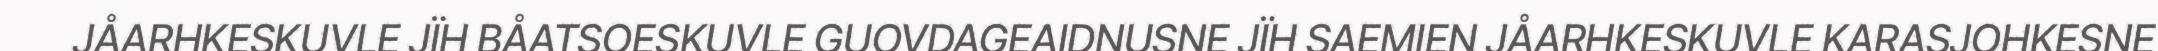
JÅARHKESKUVLE JÏH BÅATSOESKUVLE GUOVDAGEAIDNUSNE JÏH SAEMIEN JÅARHKESKUVLE KARASJOHKESNE